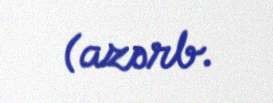
(azərb.